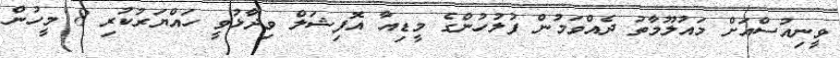
ވީނިއުސްއަށް މައުލޫމާތު ދެއްވަމުން ފުލުހުންގެ މީޑިއާ އޮފިޝަލް ވިދާޅުވީ ހައްޔަރުކުރި 8 މީހުން